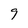
Character: 9